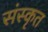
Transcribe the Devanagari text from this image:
संस्कृत